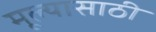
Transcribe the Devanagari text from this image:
मूल्यासाठी